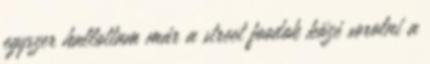
egyszer hallottam már a street foodok közé sorolni a